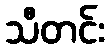
သီတင်း